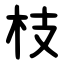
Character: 枝